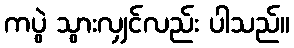
ကပွဲ သွားလျှင်လည်း ပါသည်။